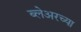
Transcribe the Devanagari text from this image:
ब्लेअरच्या